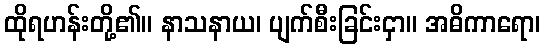
ထိုရဟန်းတို့၏။ နာသနာယ၊ ပျက်စီးခြင်းငှာ။ အဓိကာရော၊